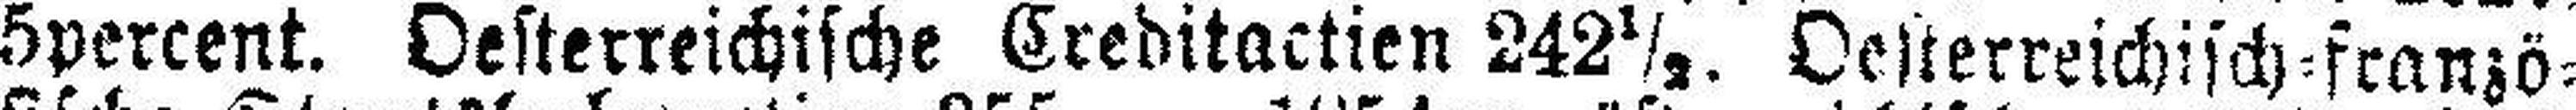
5percent. Oesterreichische Creditactien 242½. Oesterreichisch=franzö¬